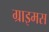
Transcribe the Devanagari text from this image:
ग्राइमस